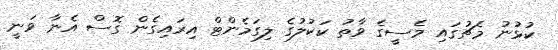
ކުޅުނު މެޗުގައި މެސީގެ ވާތު ކަކުލުގެ ލިގަމެންޓް އިރައިގެން ގޮސް އެނާ ވަނީ